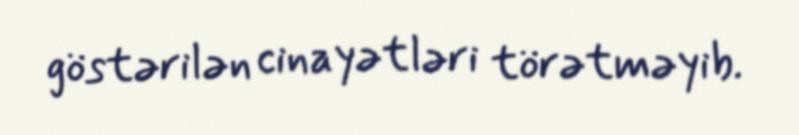
göstərilən cinayətləri törətməyib.